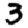
Digit: 3